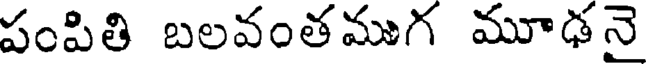
పంపితి బలవంతముగ మూఢనై